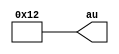
module Test1_2 (output [7:0] au);
   wire [7:0] 		b;
   wire signed [3:0] 	c;
   assign c=-1;  
   assign b=3;   
   assign au=b+c; 
endmodule